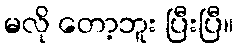
မလို တော့ဘူး ပြီးပြီ။